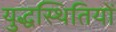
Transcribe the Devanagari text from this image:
युद्धस्थितियों